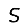
Digit: 5